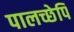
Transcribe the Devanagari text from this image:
पालच्छेपि